Annual administration report of the Civil Veterinary Department of India - 1895-1896
Year: 1895
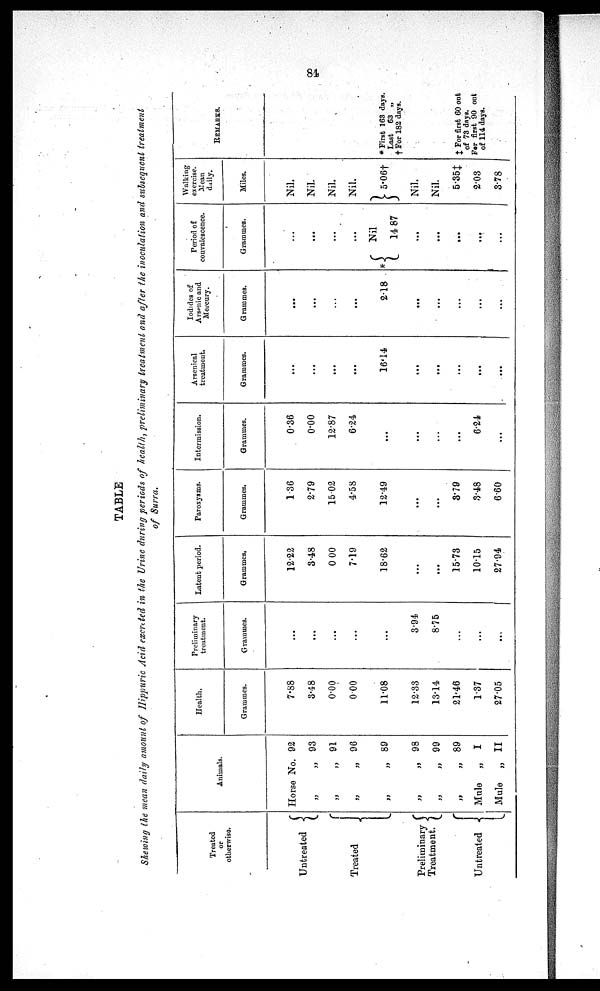
81
TABLE
Shewing the mean daily amount of Hippuric Acid excreted in the Urine during periods of health, preliminary treatment and after the inoculation and subscquent treatment
of Surra.
Treated
or
otherwise.
Untreated {
Treated
{
Preliminary {
Treatment.
Untreated
{
Animals.
Horse
„
„
„
„
„
„
„
Mule
Mule
No. 92
„ 93
„ 91
„ 96
„ 89
„ 98
„ 99
„ 89
„
I
„ II
Health.
Grammes.
7.88
3.48
0.00
0.00
11.08
12.33
13.14
21.46
1.37
27.05
Preliminary
treatment.
Grammes.
...
...
...
...
...
3.94
8.75
...
...
...
Latent period.
Grammes.
12.22
3.48
0.00
7.19
18.62
...
...
15.73
10.15
27.94
Paroxysms.
Grammes.
1.36
2.79
15.02
4.58
12.49
...
...
3.79
3.48
6.60
Intermission.
Grammes.
0.36
0.00
12.87
6.24
...
...
...
6.24
...
Arsenical
treatment.
Grammes.
...
...
...
...
16.14
...
...
...
...
...
Iodides of
Arsenic and
Mercury.
Grammes.
...
...
...
...
2.18
...
...
...
...
...
Period of
convalescence.
Grammes.
...
...
...
...
*{ Nil
14.87
...
...
...
...
...
Walking
exercise.
Mean
daily.
Miles.
Nil.
Nil.
Nil.
Nil.
5.06†
Nil.
Nil.
5.35‡
2.03
3.78
REMARKS.
* First 163 days.
Last 63 „
† For 182 days.
‡ For first 60 out
of 73 days.
For first 90 out
of 114 days.